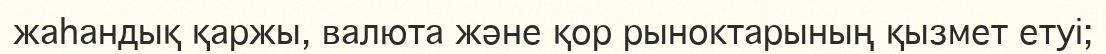
жаhандық қаржы, валюта және қор рыноктарының қызмет етуі;